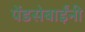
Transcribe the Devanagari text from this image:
पेंडसेबाईंनी